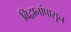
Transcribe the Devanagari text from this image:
विद्वानांपासून